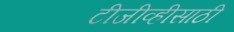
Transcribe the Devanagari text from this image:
टीजीव्हीसाठी